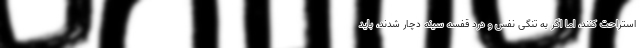
استراحت کنند، اما اگر به تنگی نفس و درد قفسه سینه دچار شدند، باید